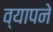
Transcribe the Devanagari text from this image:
व्यापने